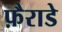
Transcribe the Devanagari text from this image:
फ़ैराडे